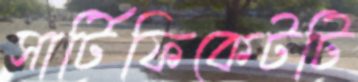
সার্টিফিকেটটি